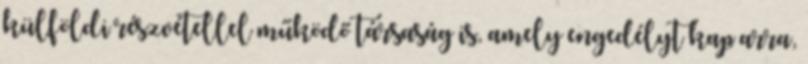
külföldi részvétellel működő társaság is, amely engedélyt kap arra,